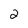
Character: 2